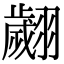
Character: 翽